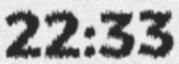
22:33